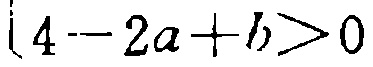
\(4 - 2a + b>0\)